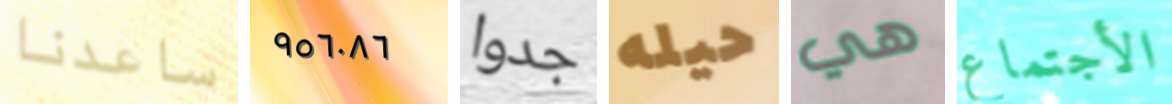
ساعدنا ٩٥٦٠٨٦ جدوا حيله هي الأجتماع